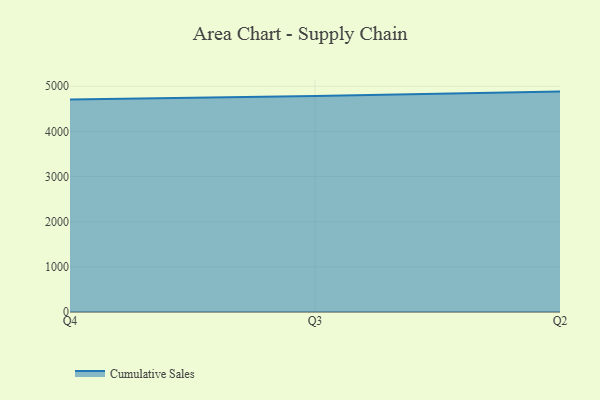
{"axis": {"x": "Quarter", "y": "Operating Costs (USD K)"}, "legend": ["Cumulative Sales"], "data": [{"x": "Q4", "y": 4705.2, "type": "Cumulative Sales"}, {"x": "Q3", "y": 4782.9, "type": "Cumulative Sales"}, {"x": "Q2", "y": 4881.7, "type": "Cumulative Sales"}]}